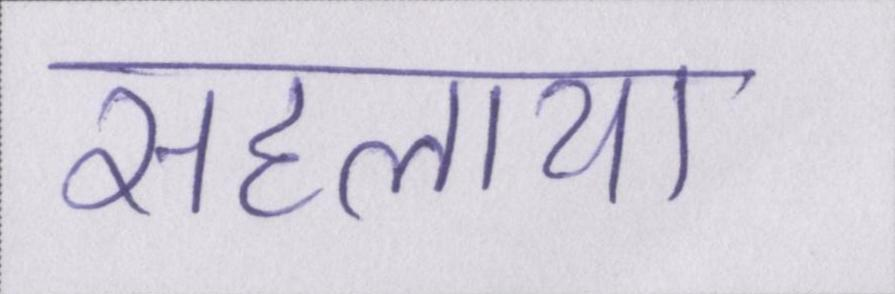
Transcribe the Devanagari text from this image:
सहलाया